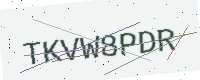
Text: TKVW8PDR